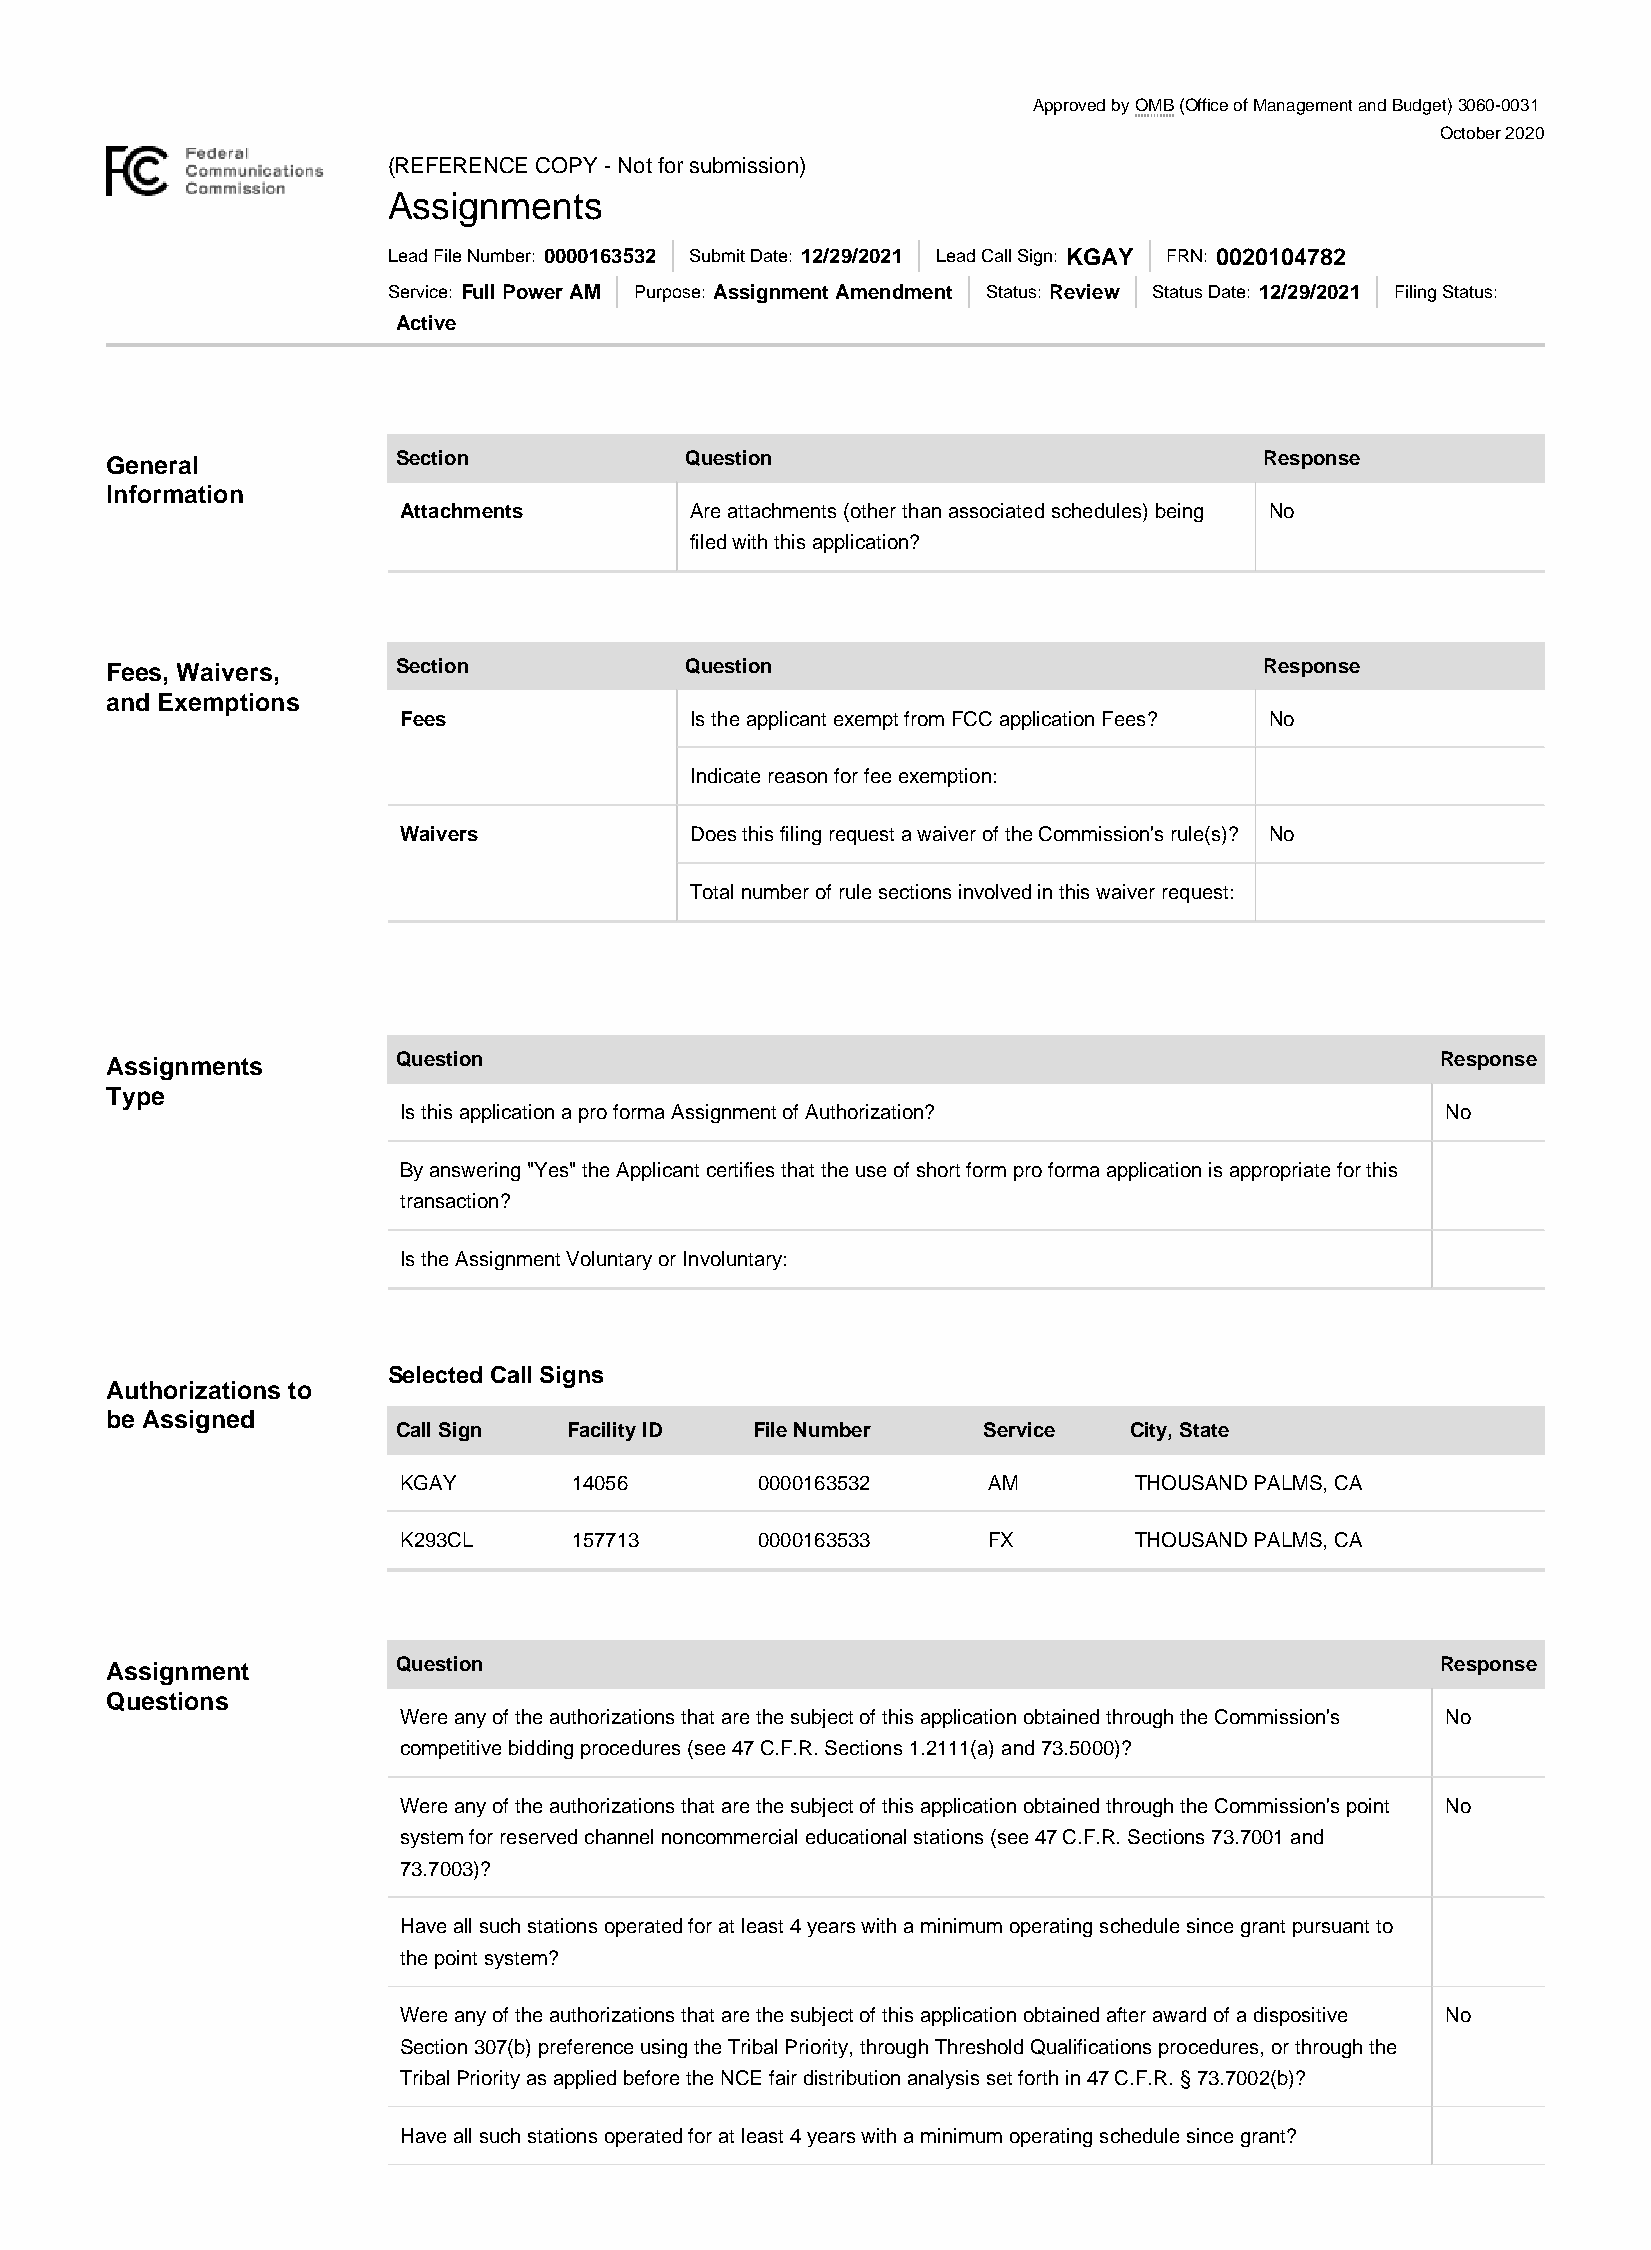
Approved by OMB (Office of Management and Budget) 3060-0031
 October 2020
 (REFERENCE COPY - Not for submission)
 Assignments
 Lead File Number: 0000163532 Submit Date: 12/29/2021 Lead Call Sign: KGAY FRN: 0020104782
 Service: Full Power AM Purpose: Assignment Amendment Status: Review Status Date: 12/29/2021 Filing Status:
 Active
 General            Section            Question                               Response
 Information
 Attachments         Are attachments (other than associated schedules) being No
 filed with this application?
 Fees, Waivers,     Section            Question                               Response
 and Exemptions
 Fees                Is the applicant exempt from FCC application Fees? No
 Indicate reason for fee exemption:
 Waivers             Does this filing request a waiver of the Commission's rule(s)? No
 Total number of rule sections involved in this waiver request:
 Assignments        Question                                                             Response
 Type
 Is this application a pro forma Assignment of Authorization?          No
 By answering "Yes" the Applicant certifies that the use of short form pro forma application is appropriate for this
 transaction?
 Is the Assignment Voluntary or Involuntary:
 Selected Call Signs
 Authorizations to
 be Assigned
 Call Sign   Facility ID File Number    Service   City, State
 KGAY        14056       0000163532     AM        THOUSAND PALMS, CA
 K293CL      157713      0000163533     FX        THOUSAND PALMS, CA
 Assignment         Question                                                             Response
 Questions
 Were any of the authorizations that are the subject of this application obtained through the Commission's No
 competitive bidding procedures (see 47 C.F.R. Sections 1.2111(a) and 73.5000)?
 Were any of the authorizations that are the subject of this application obtained through the Commission's point No
 system for reserved channel noncommercial educational stations (see 47 C.F.R. Sections 73.7001 and
 73.7003)?
 Have all such stations operated for at least 4 years with a minimum operating schedule since grant pursuant to
 the point system?
 Were any of the authorizations that are the subject of this application obtained after award of a dispositive No
 Section 307(b) preference using the Tribal Priority, through Threshold Qualifications procedures, or through the
 Tribal Priority as applied before the NCE fair distribution analysis set forth in 47 C.F.R. § 73.7002(b)?
 Have all such stations operated for at least 4 years with a minimum operating schedule since grant?